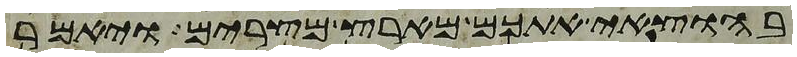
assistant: בהוצאי אתכם מארץ מצרים ויאמר